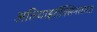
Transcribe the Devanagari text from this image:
अतिथाइरॉक्सिनरक्तता